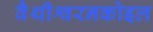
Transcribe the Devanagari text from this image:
वैथीश्वरनकोइल